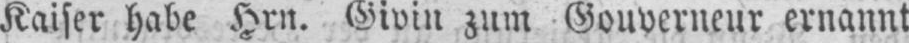
Kaiser habe Hrn. Givin zum Gouverneur ernannt